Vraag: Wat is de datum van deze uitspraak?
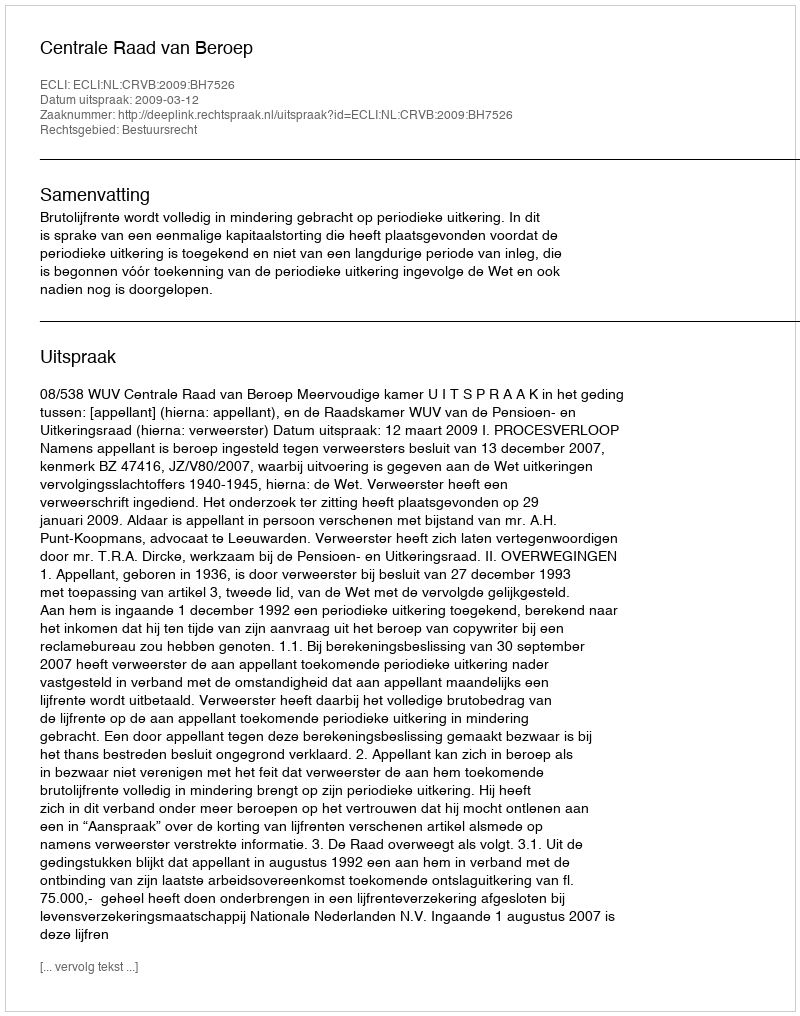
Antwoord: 2009-03-12